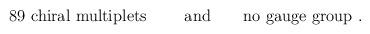
LaTeX: \begin{align*}\mbox{89 chiral multiplets } \qquad \mbox{and} \qquad\mbox{no gauge group .}\end{align*}